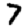
Digit: 7